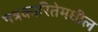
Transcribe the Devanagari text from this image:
पत्रकारितेमधील